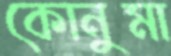
কোনুমা